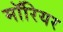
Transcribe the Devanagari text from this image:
मॉरियर